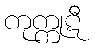
ကုက္ကုဋီ